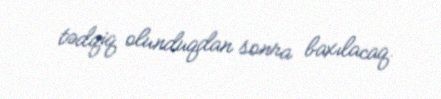
tədqiq olunduqdan sonra baxılacaq.